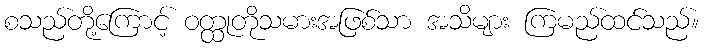
စသည်တို့ကြောင့် ဝတ္ထုတိုသမားအဖြစ်သာ အသိများ ကြမည်ထင်သည်။